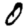
Digit: 0